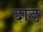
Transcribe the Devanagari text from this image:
दाड